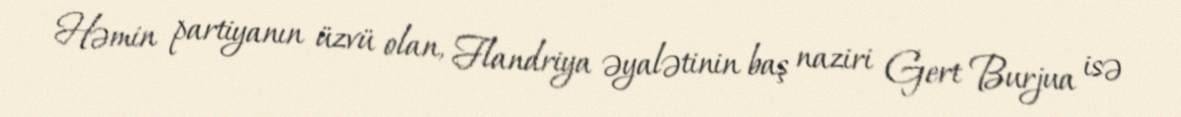
Həmin partiyanın üzvü olan, Flandriya əyalətinin baş naziri Gert Burjua isə